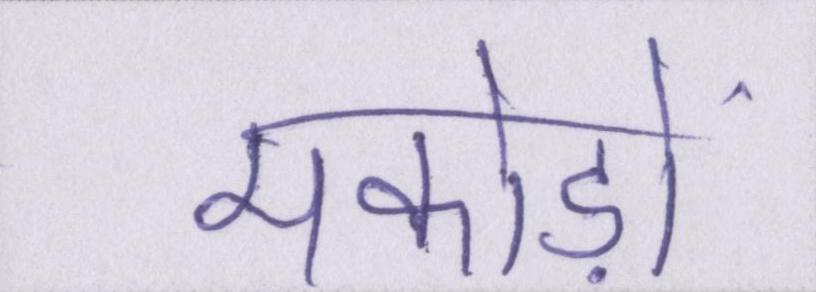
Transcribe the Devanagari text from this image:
मकोड़ों